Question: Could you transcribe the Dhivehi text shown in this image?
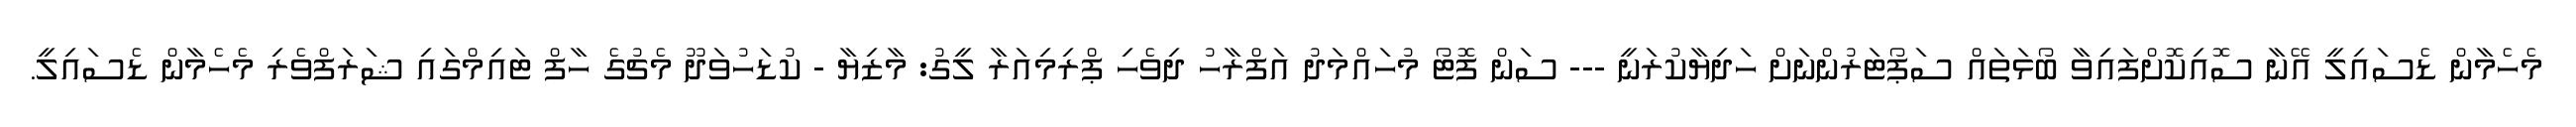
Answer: މެހެމާން ޑެސައިލީ އޭނާ ސޮއިކޮށްފައިވާ ބޯޅަތައް ސަޕޯޓަރުންނަށް ހަދިޔާކުރަނީ --- ސަން ފޮޓޯ މުހައްމަދު އަފްރާހު ދިވެހި ޕްރިމިއަރާ ލީގު: މާޒިޔާ - ކުޑަހުވަދޫ މެޗުގެ ހާފް ޓައިމްގައި ޝަރަފްވެރި މެހެމާން ޑެސައިލީ.